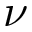
\nu